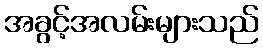
အခွင့်အလမ်းများသည်